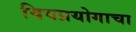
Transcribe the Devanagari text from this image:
विषप्रयोगाचा